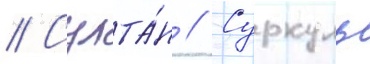
// Султа́н // Суркуль